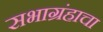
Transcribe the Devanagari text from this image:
सभाग्रंहाचा